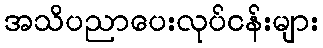
အသိပညာပေးလုပ်ငန်းများ